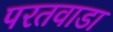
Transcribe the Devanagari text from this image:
परतवाडा